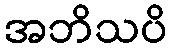
အဘိသပိ